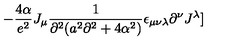
- { \frac { 4 \alpha } { e ^ { 2 } } } J _ { \mu } { \frac { 1 } { \partial ^ { 2 } ( a ^ { 2 } \partial ^ { 2 } + 4 \alpha ^ { 2 } ) } } \epsilon _ { \mu \nu \lambda } \partial ^ { \nu } J ^ { \lambda } ]